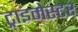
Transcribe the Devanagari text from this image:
ट्राइमेस्टर